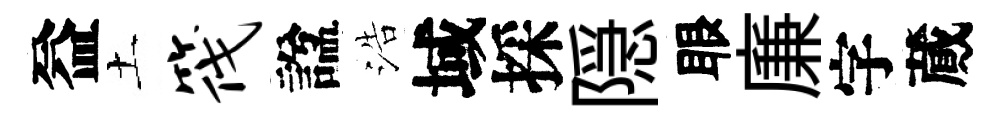
益土筏諡浩域採隠眼廉字蕆